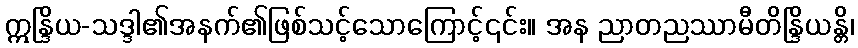
ဣန္ဒြိယ-သဒ္ဒါ၏အနက်၏ဖြစ်သင့်သောကြောင့်၎င်း။ အန ညာတညဿာမီတိန္ဒြိယန္တိ၊